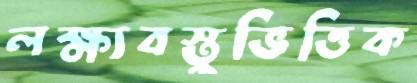
লক্ষ্যবস্তুভিত্তিক